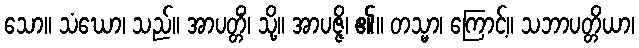
သော။ သံဃော၊ သည်။ အာပတ္တိံ၊ သို့။ အာပဇ္ဇိ၊ ၏။ တသ္မာ၊ ကြောင့်။ သဘာပတ္တိယာ၊